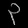
Digit: ၃